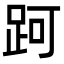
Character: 跒